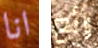
انا رائع